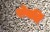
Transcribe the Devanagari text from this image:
रोवलिं